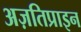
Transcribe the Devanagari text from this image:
अज़तिप्राइन